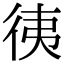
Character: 𢓡